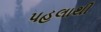
પહલાથી